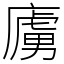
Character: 㢚